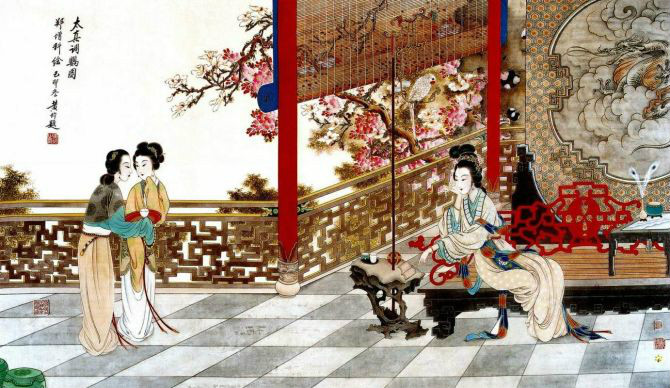
意长翻恨游丝短。尽日相思罗带缓。